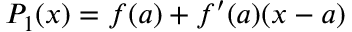
P _ { 1 } ( x ) = f ( a ) + f ^ { \prime } ( a ) ( x - a )